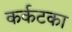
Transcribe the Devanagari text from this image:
कर्कटका